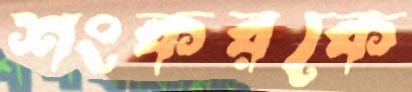
শংকরকে